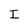
Character: I